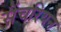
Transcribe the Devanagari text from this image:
सैंचरियन